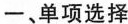
一、单项选择 ( )